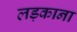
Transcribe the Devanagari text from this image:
लड़काना